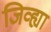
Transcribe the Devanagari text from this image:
जिव्ह्या